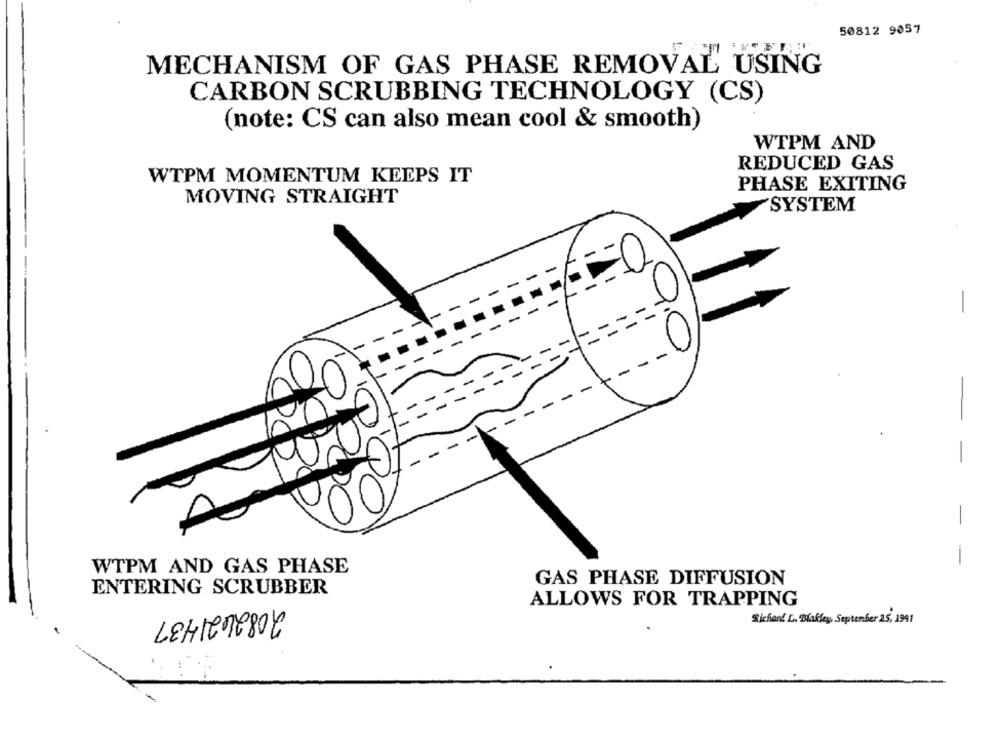
50812 9057
MECHANISM OF GAS PHASE REMOVAL USING
CARBON SCRUBBING TECHNOLOGY (CS)
(note: CS can also mean cool & smooth)
WTPM AND
REDUCED GAS
WTPM MOMENTUM KEEPS IT
PHASE EXITING
MOVING STRAIGHT
SYSTEM
-
-
00
-
-
-
-
-
WTPM AND GAS PHASE
GAS PHASE DIFFUSION
ENTERING SCRUBBER
2082421437
ALLOWS FOR TRAPPING
Sichant L. Blaffen, September 25, 1991